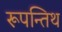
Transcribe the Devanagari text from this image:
रूपन्तिथ